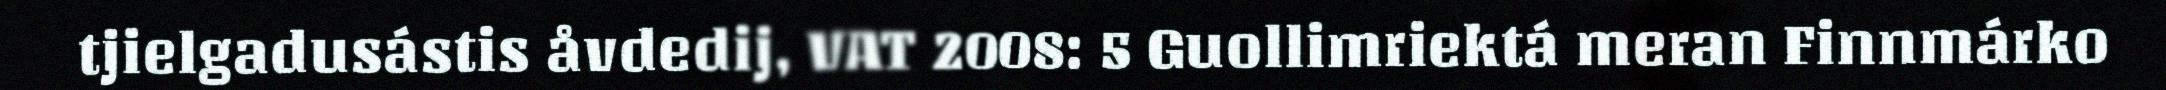
tjielgadusástis åvdedij, VAT 2008: 5 Guollimriektá meran Finnmárko